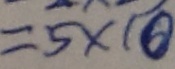
= 5 \times 1 0